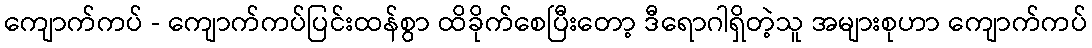
ကျောက်ကပ် - ကျောက်ကပ်ပြင်းထန်စွာ ထိခိုက်စေပြီးတော့ ဒီရောဂါရှိတဲ့သူ အများစုဟာ ကျောက်ကပ်